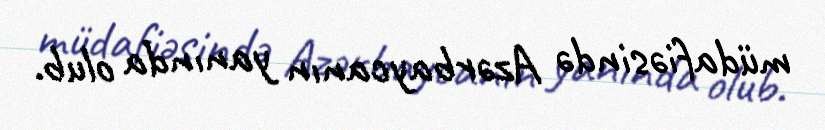
müdafiəsində Azərbaycanın yanında olub.